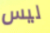
ليس